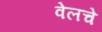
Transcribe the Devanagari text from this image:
वेलचे